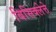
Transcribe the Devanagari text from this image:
बिसिक्लेत्ते